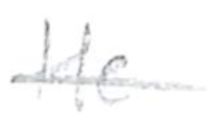
Text: He
Cross-out: single-line
Writing tool: pencil